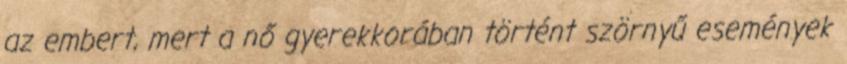
az embert, mert a nő gyerekkorában történt szörnyű események